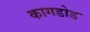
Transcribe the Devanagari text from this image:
कागडोड